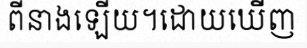
ពីនាងឡើយ។ដោយឃើញ